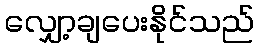
လျှော့ချပေးနိုင်သည်